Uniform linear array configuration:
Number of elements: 8
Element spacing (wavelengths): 0.5
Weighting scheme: hamming
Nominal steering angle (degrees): -45
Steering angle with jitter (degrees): -45.352
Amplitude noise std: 0.05
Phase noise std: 0.05

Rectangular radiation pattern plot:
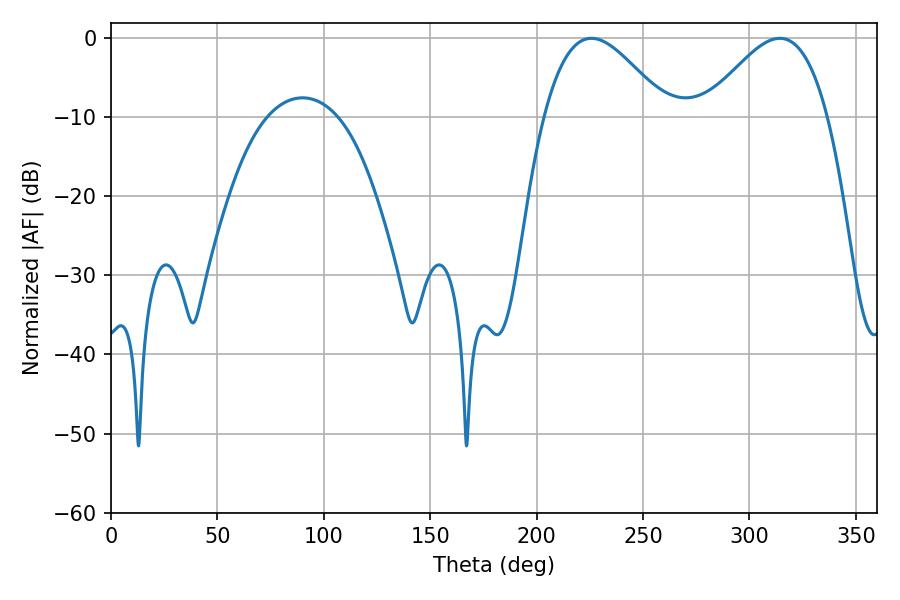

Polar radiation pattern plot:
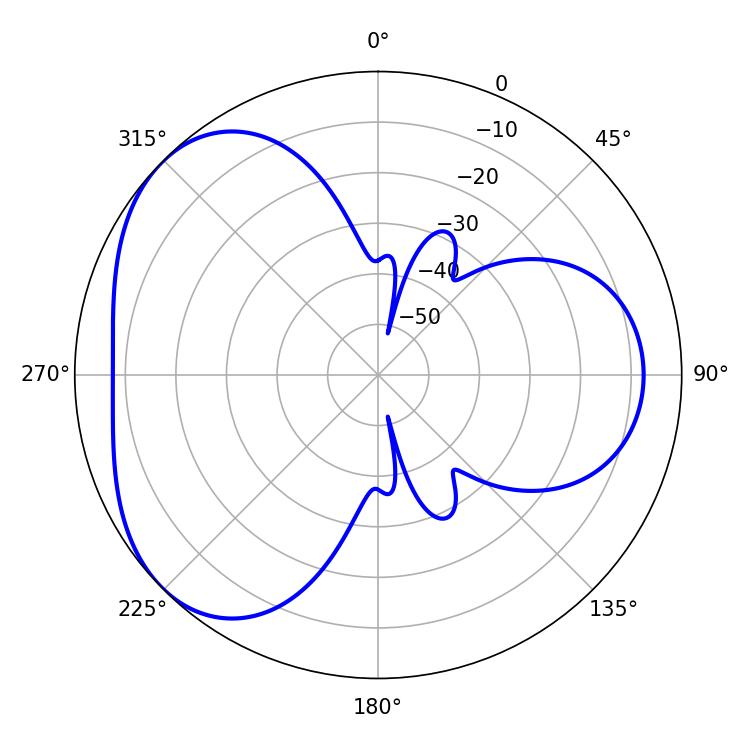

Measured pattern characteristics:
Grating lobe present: FALSE
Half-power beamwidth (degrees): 31.14
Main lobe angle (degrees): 225.72